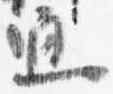
通